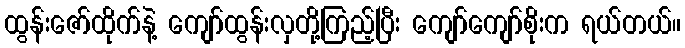
ထွန်းဇော်ထိုက်နဲ့ ကျော်ထွန်းလှတို့ကြည့်ပြီး ကျော်ကျော်စိုးက ရယ်တယ်။